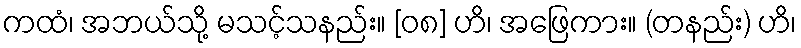
ကထံ၊ အဘယ်သို့ မသင့်သနည်း။ [၀၈] ဟိ၊ အဖြေကား။ (တနည်း) ဟိ၊